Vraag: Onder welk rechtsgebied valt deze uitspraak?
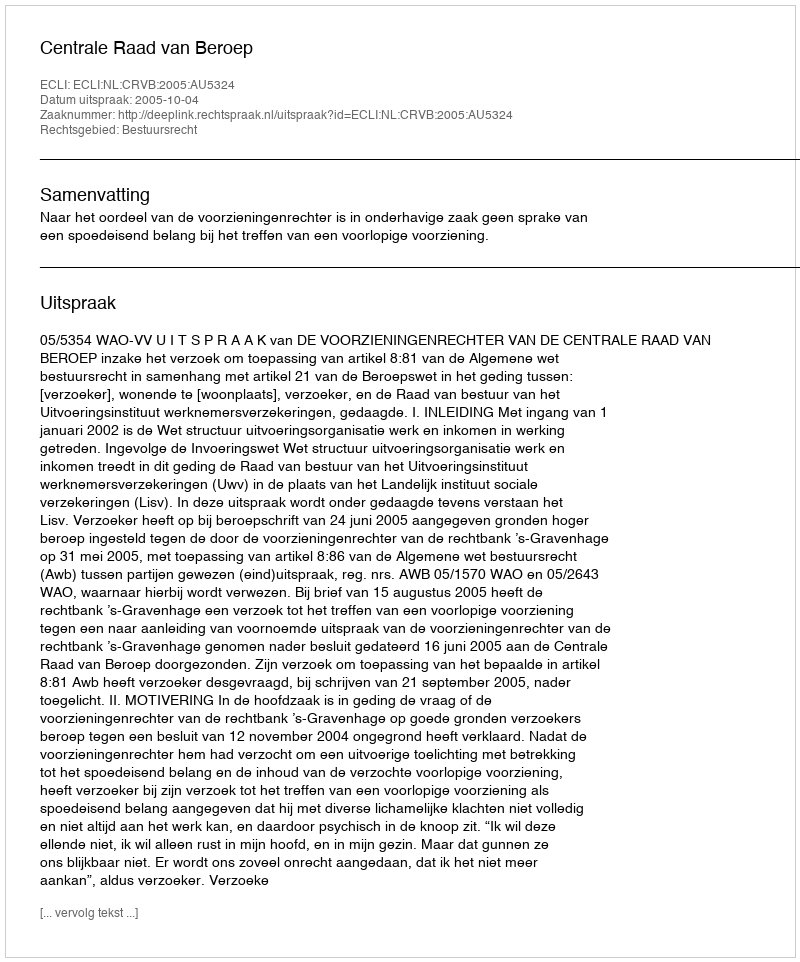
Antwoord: Bestuursrecht